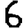
Digit: 6